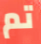
تم